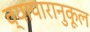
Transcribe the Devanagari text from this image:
व्यापारानुकूल